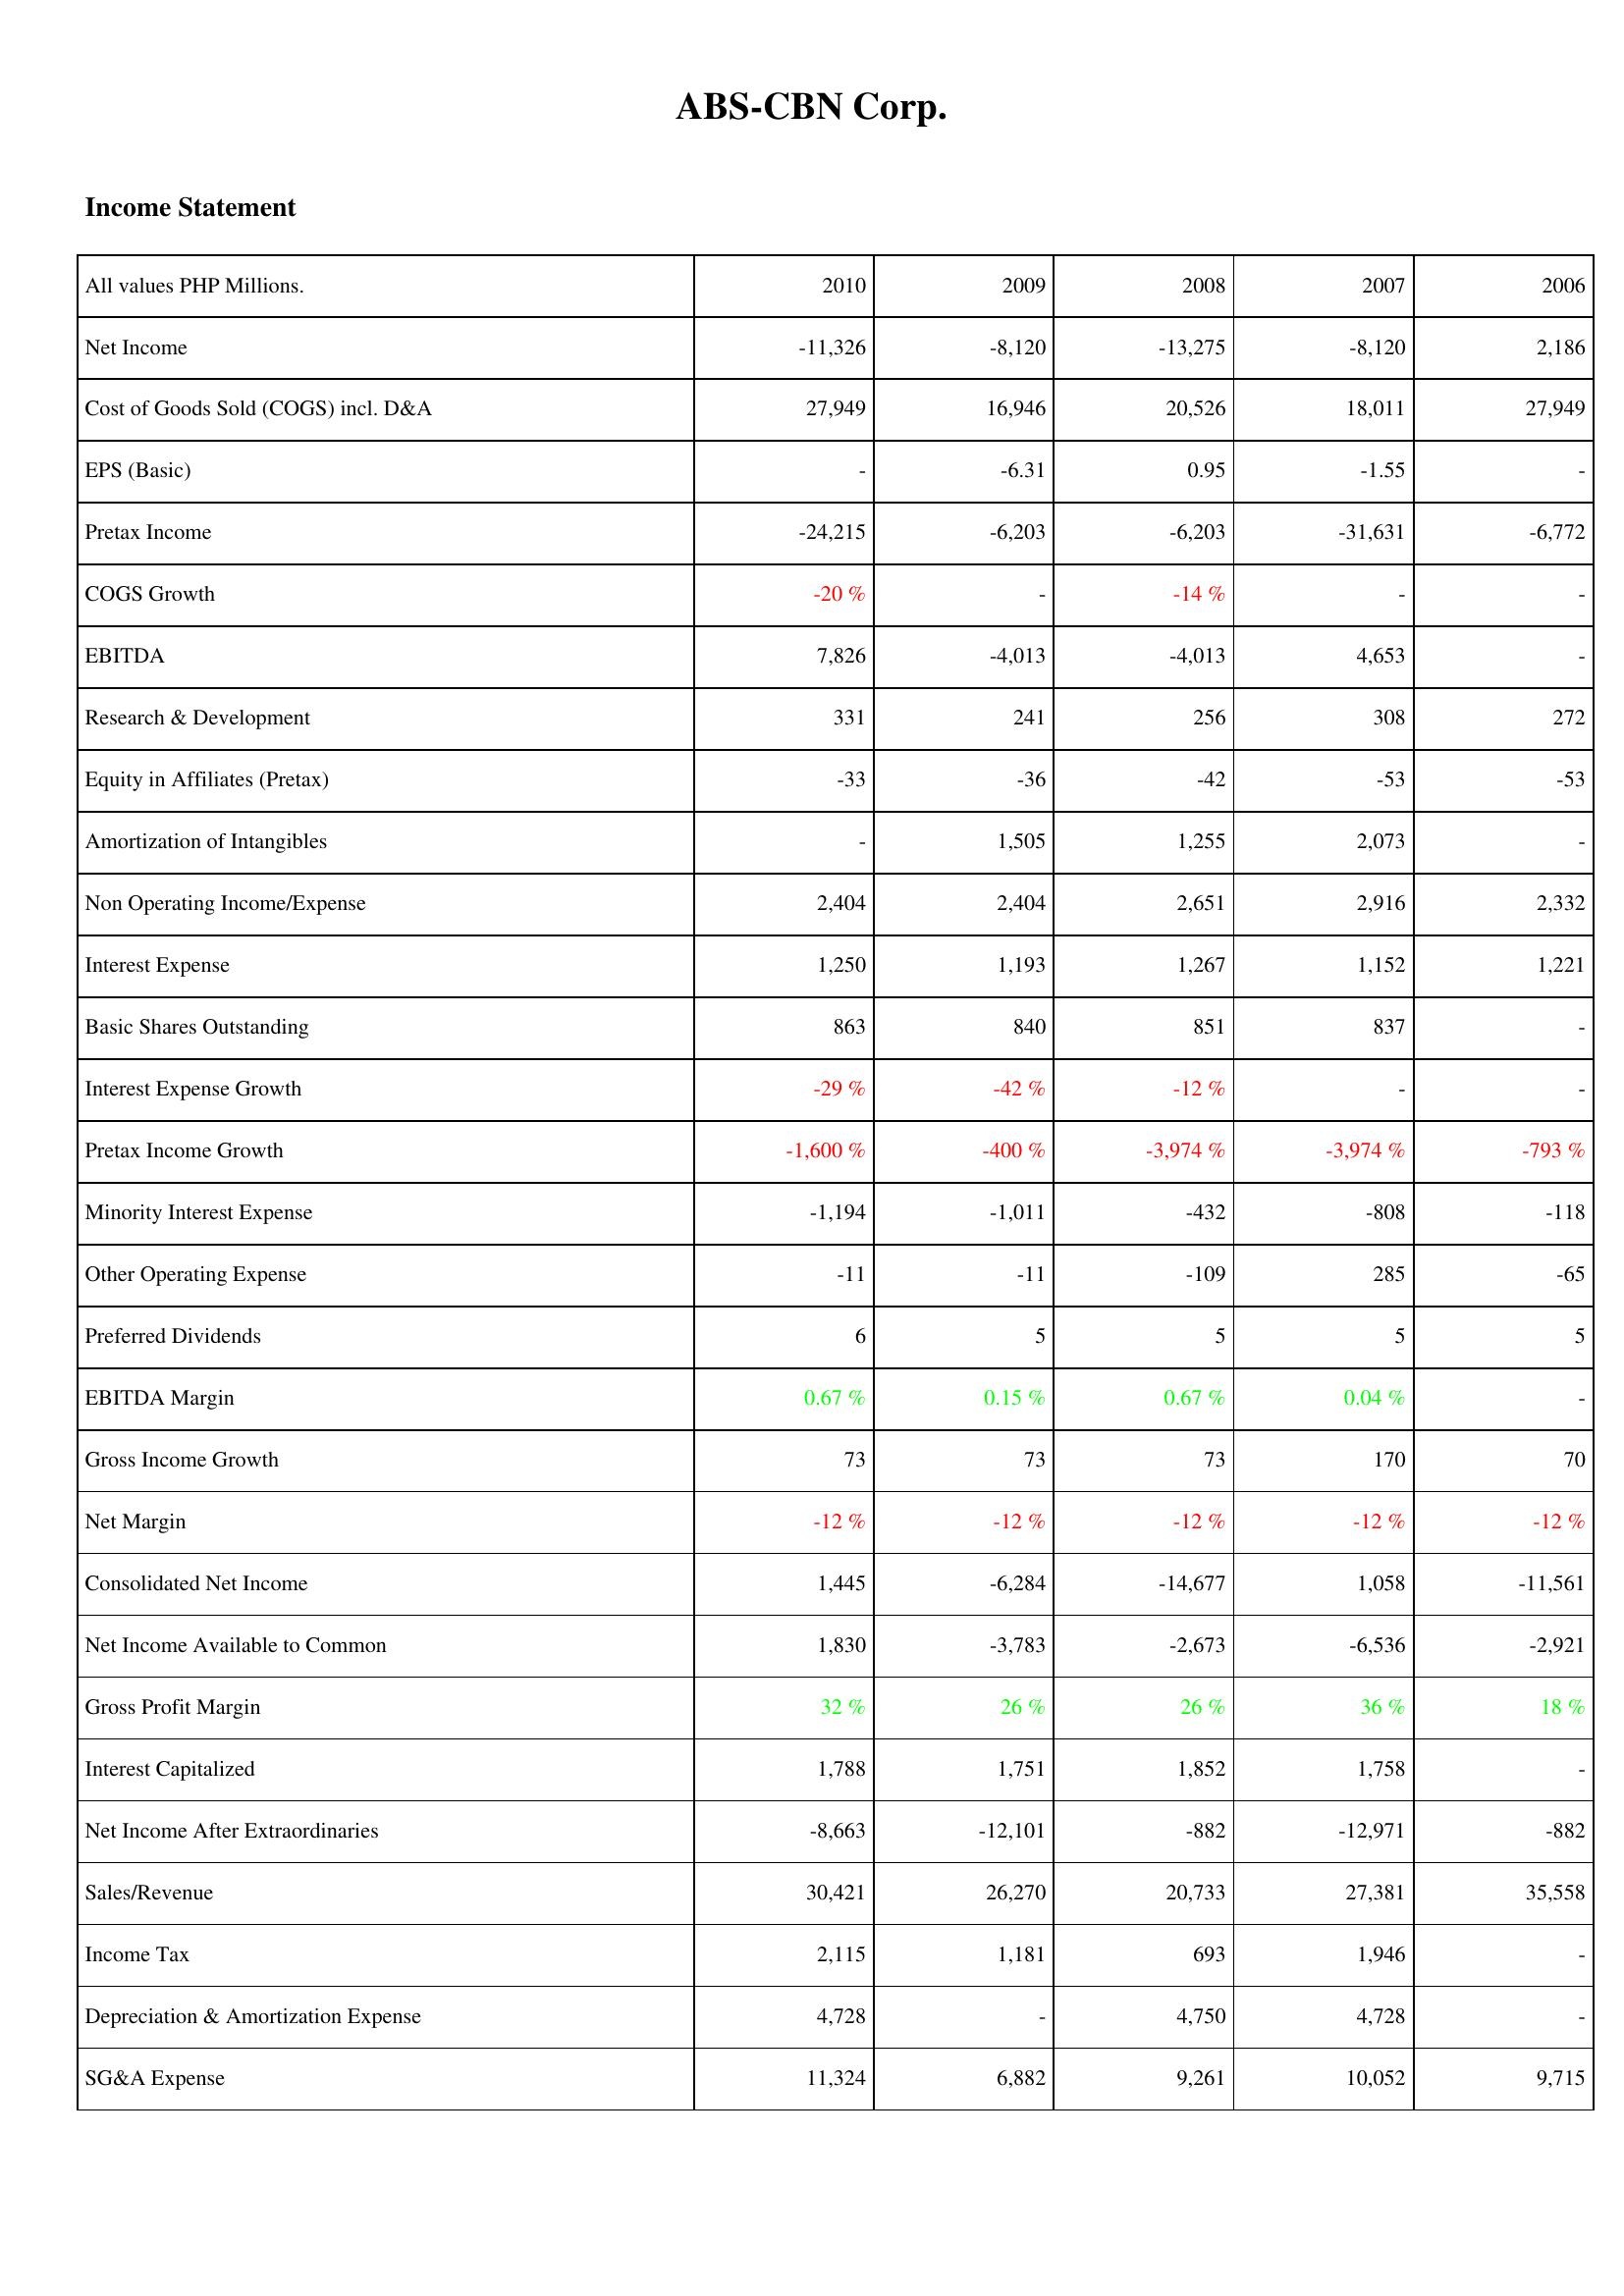
2010: Income Statement: Net Income: -11,326
Cost of Goods Sold (COGS) incl. D&A: 27,949
EPS (Basic): -
Pretax Income: -24,215
COGS Growth: -20 %
EBITDA: 7,826
Research & Development: 331
Equity in Affiliates (Pretax): -33
Amortization of Intangibles: -
Non Operating Income/Expense: 2,404
Interest Expense: 1,250
Basic Shares Outstanding: 863
Interest Expense Growth: -29 %
Pretax Income Growth: -1,600 %
Minority Interest Expense: -1,194
Other Operating Expense: -11
Preferred Dividends: 6
EBITDA Margin: 0.67 %
Gross Income Growth: 73
Net Margin: -12 %
Consolidated Net Income: 1,445
Net Income Available to Common: 1,830
Gross Profit Margin: 32 %
Interest Capitalized: 1,788
Net Income After Extraordinaries: -8,663
Sales/Revenue: 30,421
Income Tax: 2,115
Depreciation & Amortization Expense: 4,728
SG&A Expense: 11,324
2009: Income Statement: Net Income: -8,120
Cost of Goods Sold (COGS) incl. D&A: 16,946
EPS (Basic): -6.31
Pretax Income: -6,203
COGS Growth: -
EBITDA: -4,013
Research & Development: 241
Equity in Affiliates (Pretax): -36
Amortization of Intangibles: 1,505
Non Operating Income/Expense: 2,404
Interest Expense: 1,193
Basic Shares Outstanding: 840
Interest Expense Growth: -42 %
Pretax Income Growth: -400 %
Minority Interest Expense: -1,011
Other Operating Expense: -11
Preferred Dividends: 5
EBITDA Margin: 0.15 %
Gross Income Growth: 73
Net Margin: -12 %
Consolidated Net Income: -6,284
Net Income Available to Common: -3,783
Gross Profit Margin: 26 %
Interest Capitalized: 1,751
Net Income After Extraordinaries: -12,101
Sales/Revenue: 26,270
Income Tax: 1,181
Depreciation & Amortization Expense: -
SG&A Expense: 6,882
2008: Income Statement: Net Income: -13,275
Cost of Goods Sold (COGS) incl. D&A: 20,526
EPS (Basic): 0.95
Pretax Income: -6,203
COGS Growth: -14 %
EBITDA: -4,013
Research & Development: 256
Equity in Affiliates (Pretax): -42
Amortization of Intangibles: 1,255
Non Operating Income/Expense: 2,651
Interest Expense: 1,267
Basic Shares Outstanding: 851
Interest Expense Growth: -12 %
Pretax Income Growth: -3,974 %
Minority Interest Expense: -432
Other Operating Expense: -109
Preferred Dividends: 5
EBITDA Margin: 0.67 %
Gross Income Growth: 73
Net Margin: -12 %
Consolidated Net Income: -14,677
Net Income Available to Common: -2,673
Gross Profit Margin: 26 %
Interest Capitalized: 1,852
Net Income After Extraordinaries: -882
Sales/Revenue: 20,733
Income Tax: 693
Depreciation & Amortization Expense: 4,750
SG&A Expense: 9,261
2007: Income Statement: Net Income: -8,120
Cost of Goods Sold (COGS) incl. D&A: 18,011
EPS (Basic): -1.55
Pretax Income: -31,631
COGS Growth: -
EBITDA: 4,653
Research & Development: 308
Equity in Affiliates (Pretax): -53
Amortization of Intangibles: 2,073
Non Operating Income/Expense: 2,916
Interest Expense: 1,152
Basic Shares Outstanding: 837
Interest Expense Growth: -
Pretax Income Growth: -3,974 %
Minority Interest Expense: -808
Other Operating Expense: 285
Preferred Dividends: 5
EBITDA Margin: 0.04 %
Gross Income Growth: 170
Net Margin: -12 %
Consolidated Net Income: 1,058
Net Income Available to Common: -6,536
Gross Profit Margin: 36 %
Interest Capitalized: 1,758
Net Income After Extraordinaries: -12,971
Sales/Revenue: 27,381
Income Tax: 1,946
Depreciation & Amortization Expense: 4,728
SG&A Expense: 10,052
2006: Income Statement: Net Income: 2,186
Cost of Goods Sold (COGS) incl. D&A: 27,949
EPS (Basic): -
Pretax Income: -6,772
COGS Growth: -
EBITDA: -
Research & Development: 272
Equity in Affiliates (Pretax): -53
Amortization of Intangibles: -
Non Operating Income/Expense: 2,332
Interest Expense: 1,221
Basic Shares Outstanding: -
Interest Expense Growth: -
Pretax Income Growth: -793 %
Minority Interest Expense: -118
Other Operating Expense: -65
Preferred Dividends: 5
EBITDA Margin: -
Gross Income Growth: 70
Net Margin: -12 %
Consolidated Net Income: -11,561
Net Income Available to Common: -2,921
Gross Profit Margin: 18 %
Interest Capitalized: -
Net Income After Extraordinaries: -882
Sales/Revenue: 35,558
Income Tax: -
Depreciation & Amortization Expense: -
SG&A Expense: 9,715